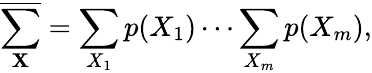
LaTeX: \overline{{\sum_{\mathbf{X}}}}=\sum_{X_{1}}p(X_{1})\cdots\sum_{X_{m}}p(X_{m}),